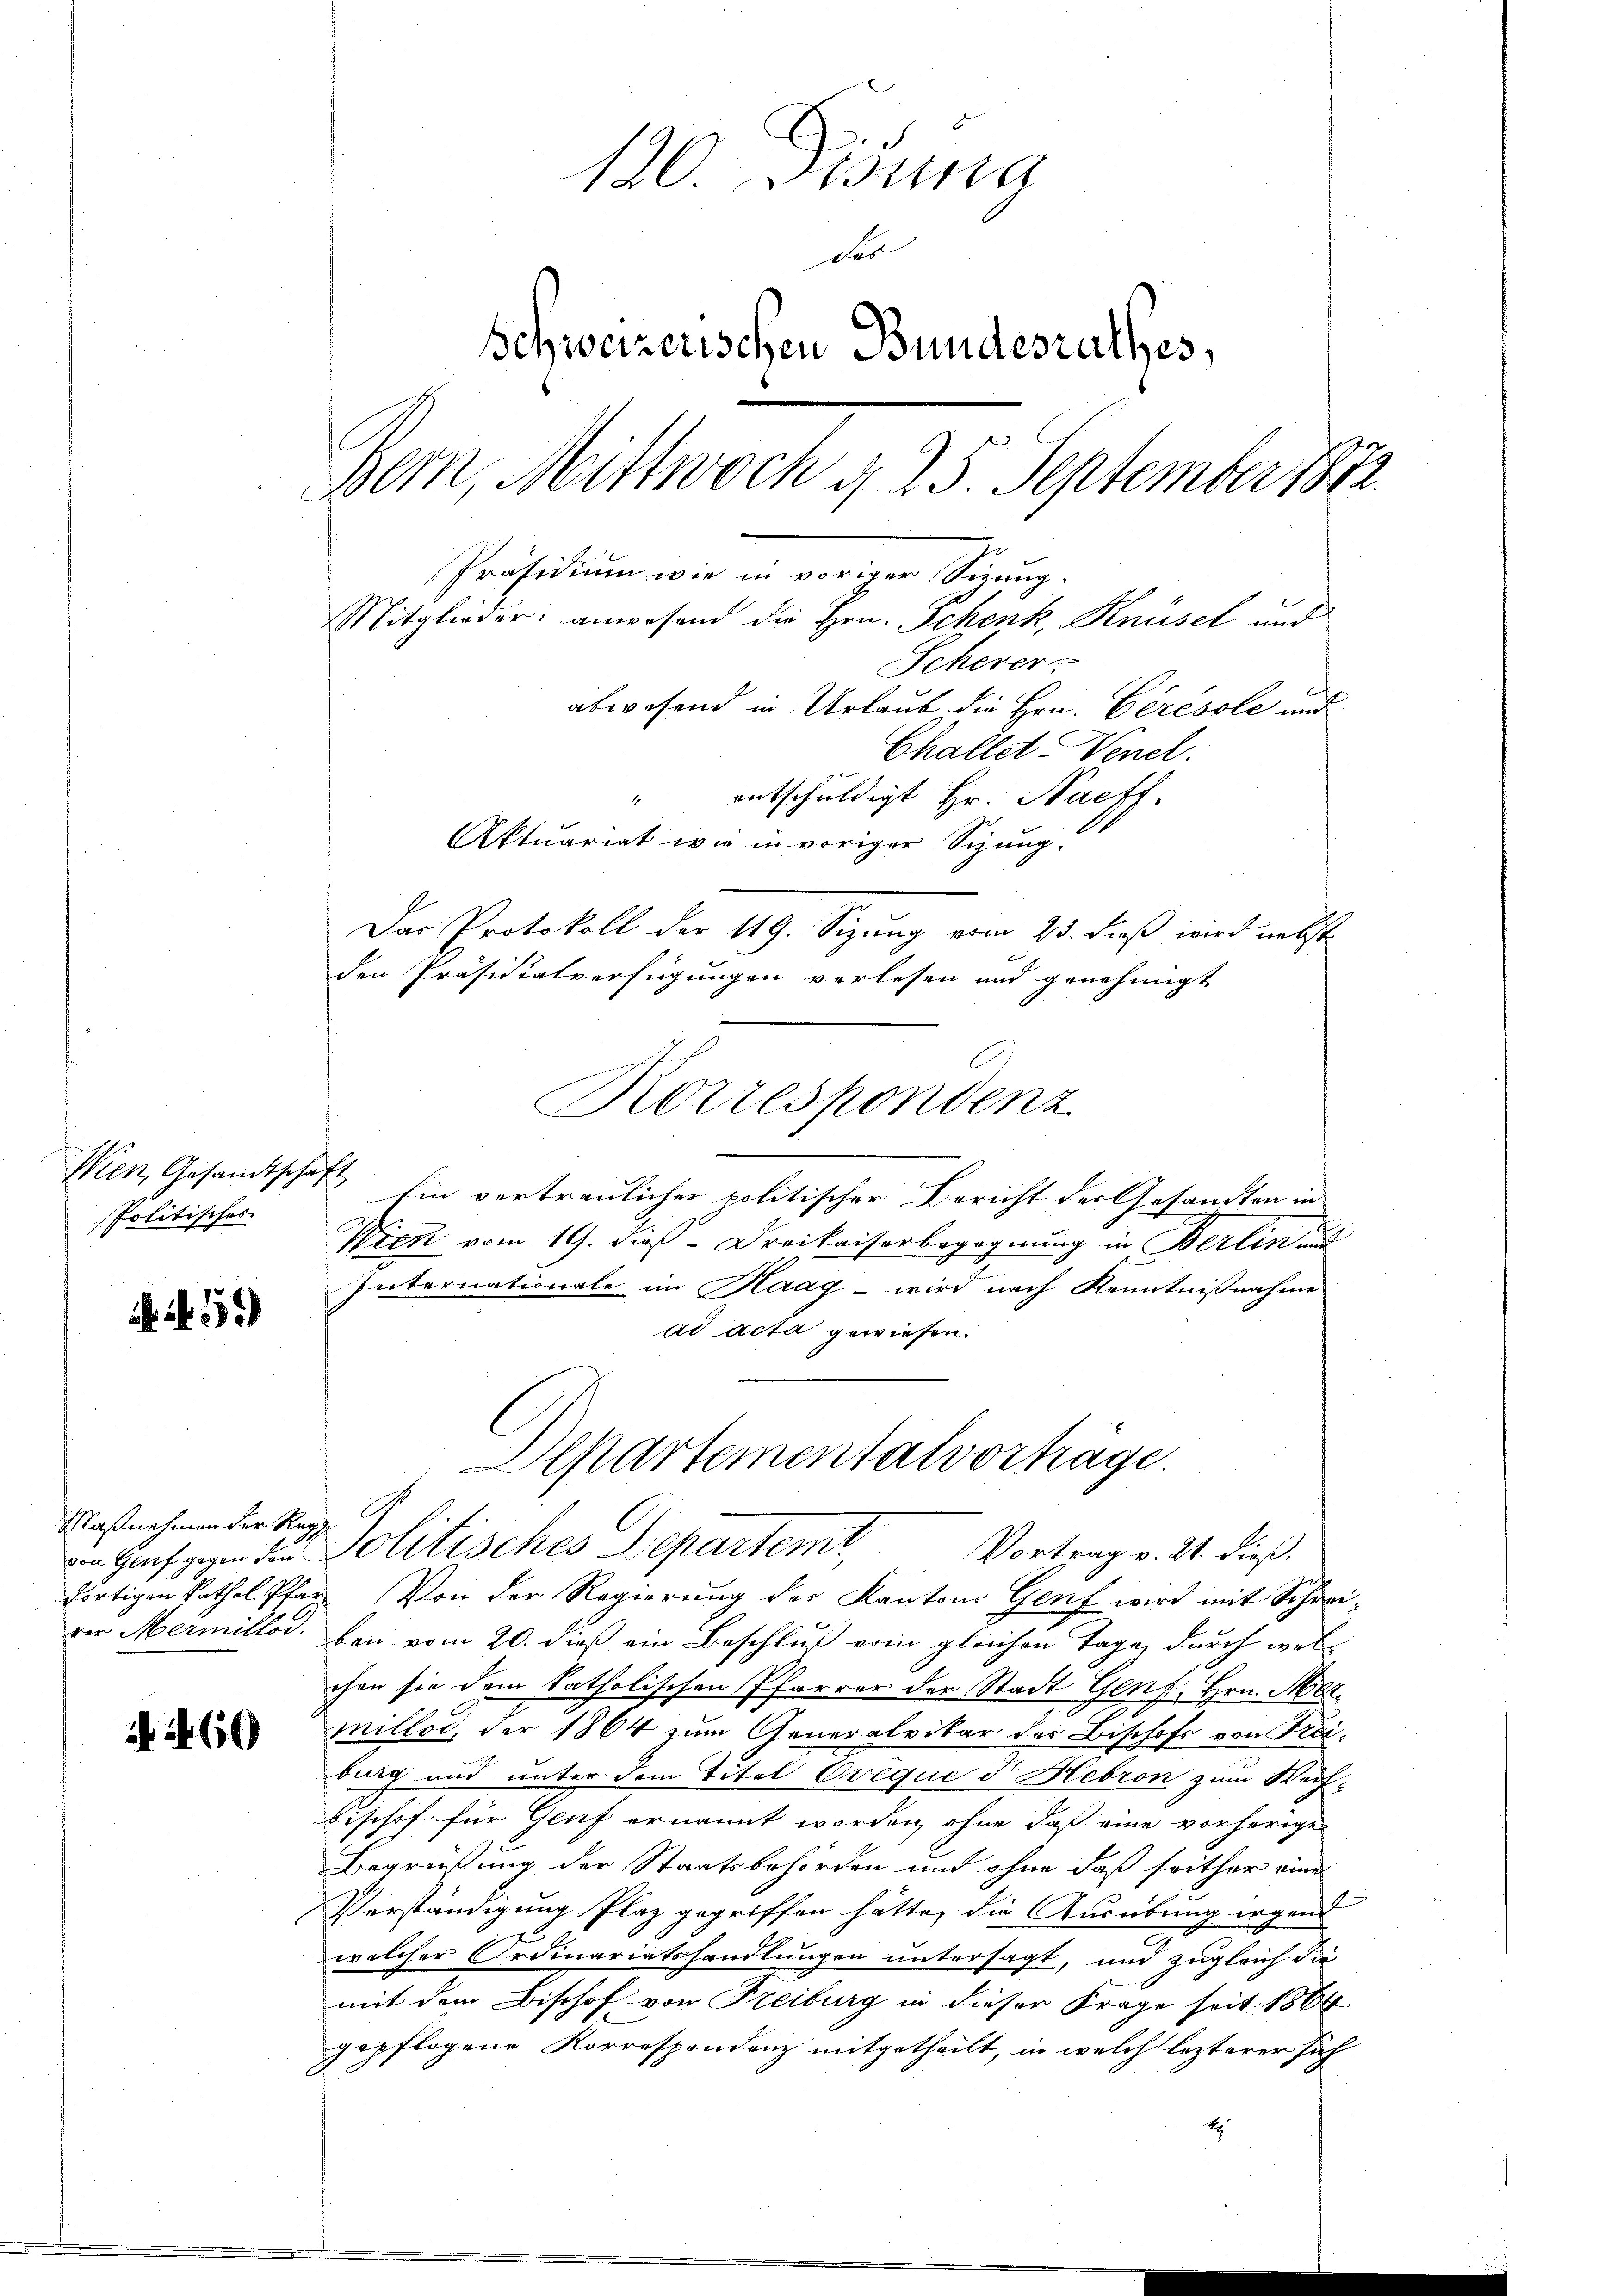
Wien, Gesandtschaft
Politisches

N. 5)

Maßnahmen der Reg

260

120. Disung
des
Schweizerischen Bundesrathes,
Bern, Mittwoch d. 25. September 1872
Präsidium wie in voriger Störung.
Mitglieder: anwesend die Hrn. Schenk, Knüsel und
Scherer
abwesend in Urlaub die Hrn. Gérésole und
Challet-Venel.
entschuldigt Hr. Nachf
Aktuariat wie in voriger Sizung.
Das Protokoll der 119. Sizung vom 23. dieß wird nebst

Ein vertraulicher politischer Bericht der Gesandten in
Wick vom 19. dieß - Dreikaiserbegegnung in Berlin und
Internationale im Kaag - wird nach Kenntnißnahme
ad acta gewiesen.
fortigen kathol. Pfarr Von der Regierung der Kantons Genf wird mit Schreirer Mermillos. bei vom 20. dieß ein Beschluß vom gleichen Tage, durch welchen sie dem katholischen Pfarrer der Stadt Genf, Hrn. Mormillos, der 1864 zum Generalvikar des Bischofs von Frei-
burg und unter dem Titel Evèque d Hebron zum Weif¬
Bischof für Genf ernannt worden, ohne daß eine vorherige
Begrüßung der Staatsbehörden und ohne daß soither eine
Verständigung Plaz gegriffen hätte, die Ausübung irgend
welcher Ordinariatshandlungen untersagt, und zugleich die
mit dem Bischof von Freiburg in dieser Frage seit 1864
gepflogene Korrespondenz mitgetheilt, in welch lezterer sich
E

den Präsidialverfügungen verlesen und genehmigt

Korrespondenz

Departementalvorträge.
von Haus gegen den Politisches Departemt,
Vortrag v. 21. dieß.